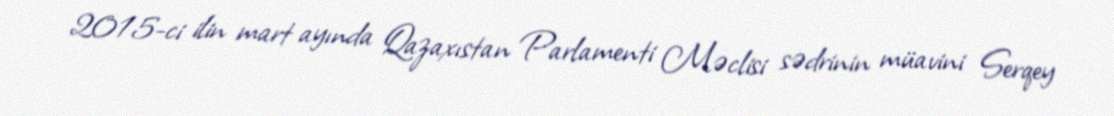
2015-ci ilin mart ayında Qazaxıstan Parlamenti Məclisi sədrinin müavini Serqey